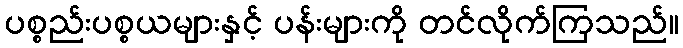
ပစ္စည်းပစ္စယများနှင့် ပန်းများကို တင်လိုက်ကြသည်။